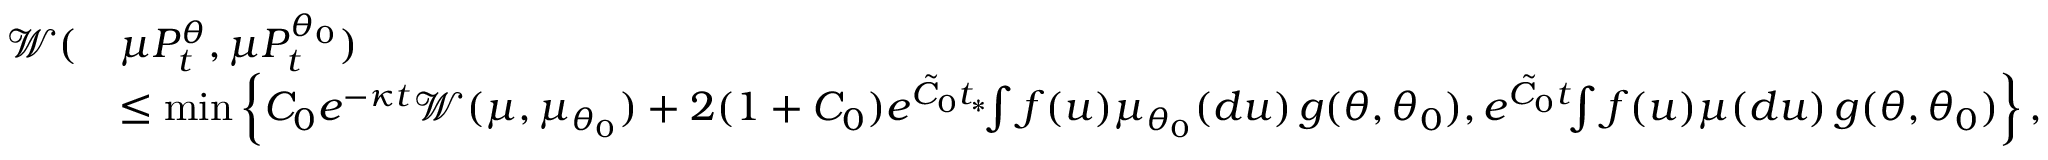
\begin{array} { r l } { \mathcal { W } ( } & { \mu P _ { t } ^ { \theta } , \mu P _ { t } ^ { \theta _ { 0 } } ) } \\ & { \leq \operatorname* { m i n } \left\{ C _ { 0 } e ^ { - \kappa t } \mathcal { W } ( \mu , \mu _ { \theta _ { 0 } } ) + 2 ( 1 + C _ { 0 } ) e ^ { \tilde { C } _ { 0 } t _ { * } } \! \! \int f ( u ) \mu _ { \theta _ { 0 } } ( d u ) \, g ( \theta , \theta _ { 0 } ) , e ^ { \tilde { C } _ { 0 } t } \! \! \int f ( u ) \mu ( d u ) \, g ( \theta , \theta _ { 0 } ) \right\} , } \end{array}